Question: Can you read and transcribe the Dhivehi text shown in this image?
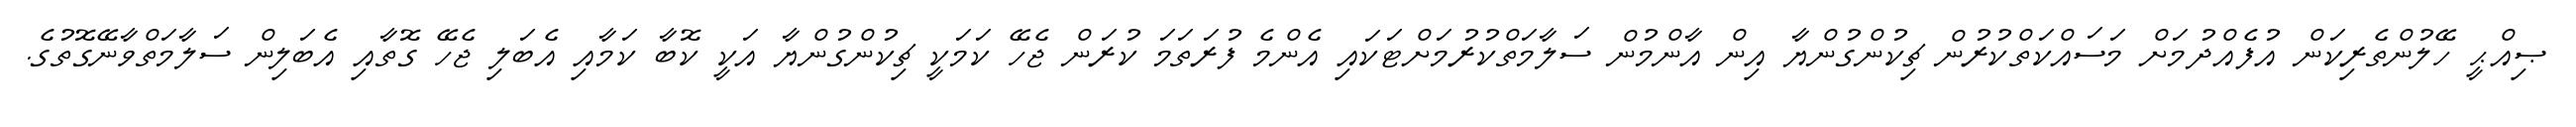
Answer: ޞިއްޙީ ހޭލުންތެރިކަން އުފެއްދުމަށް މަސައްކަތްކުރުން ޗިކުންގުންޔާ އިން އާންމުން ސަލާމަތްކުރުމަށްޓަކައި އެންމެ ފުރަތަމަ ކުރަން ޖެހޭ ކަމަކީ ޗިކުންގުންޔާ އަކީ ކޮބާ ކަމާއި އެބަލި ޖެހޭ ގޮތާއި އެބަލިން ސަލާމަތްވާނޭގޮތުގެ.